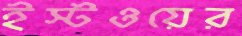
ইস্টওয়ের